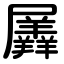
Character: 羼